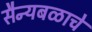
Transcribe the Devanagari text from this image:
सैन्यबळाचे